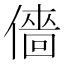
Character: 𠎸